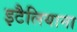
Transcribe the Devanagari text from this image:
इटैलियाना